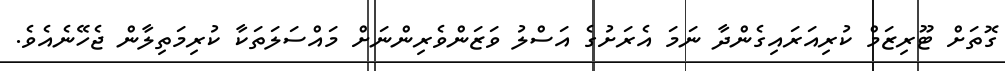
ގޮތަށް ޓޫރިޒަމް ކުރިއަރައިގެންދާ ނަމަ އެރަށުގެ އަސްލު ވަޒަންވެރިންނަށް މައްސަލަތަކާ ކުރިމަތިލާން ޖެހޭނެއެވެ.